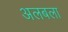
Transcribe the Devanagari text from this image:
अलबला